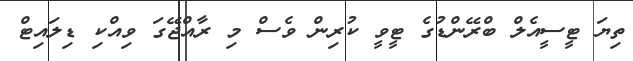
ތިޔަ ޓީސީއެލް ބްރޭންޑުގެ ޓީވީ ކުރިން ވެސް މި ރާއްޖޭގަ ވިއްކި ޑިލައިޓް